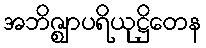
အဘိဇ္ဈာပရိယုဋ္ဌိတေန